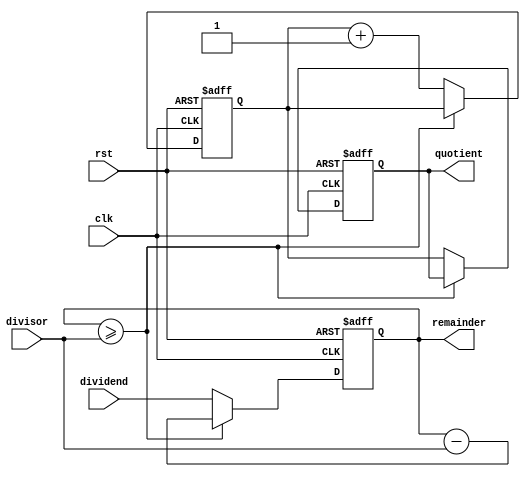
module CounterBasedDivider (
  input wire clk,
  input wire rst,
  input wire [31:0] dividend,
  input wire [31:0] divisor,
  output reg [31:0] quotient,
  output reg [31:0] remainder
);

reg [31:0] counter;

always @(posedge clk or posedge rst) begin
  if (rst) begin
    counter <= 0;
    quotient <= 0;
    remainder <= 0;
  end else begin
    if (remainder >= divisor) begin
      remainder <= remainder - divisor;
    end else begin
      counter <= counter + 1;
      remainder <= dividend;
      quotient <= counter;
    end
  end
end

endmodule